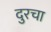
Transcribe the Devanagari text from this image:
दुरचा